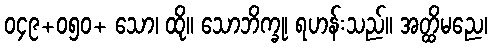
၀၄၉+၀၅၀+ သော၊ ထို။ သောဘိက္ခု၊ ရဟန်းသည်။ အတ္ထိမညေ၊